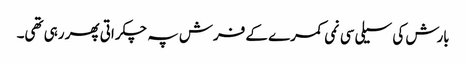
بارش کی سیلی سی نمی کمرے کے فرش پہ چکراتی پھر رہی تھی۔